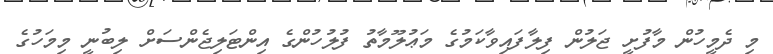
މި ދެމީހުން މާފުށީ ޖަލުން ފިލާފައިވާކަމުގެ މަޢުލޫމާތު ފުލުހުންގެ އިންޓަލިޖެންސަށް ލިބުނީ މިމަހުގެ